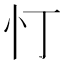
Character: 忊